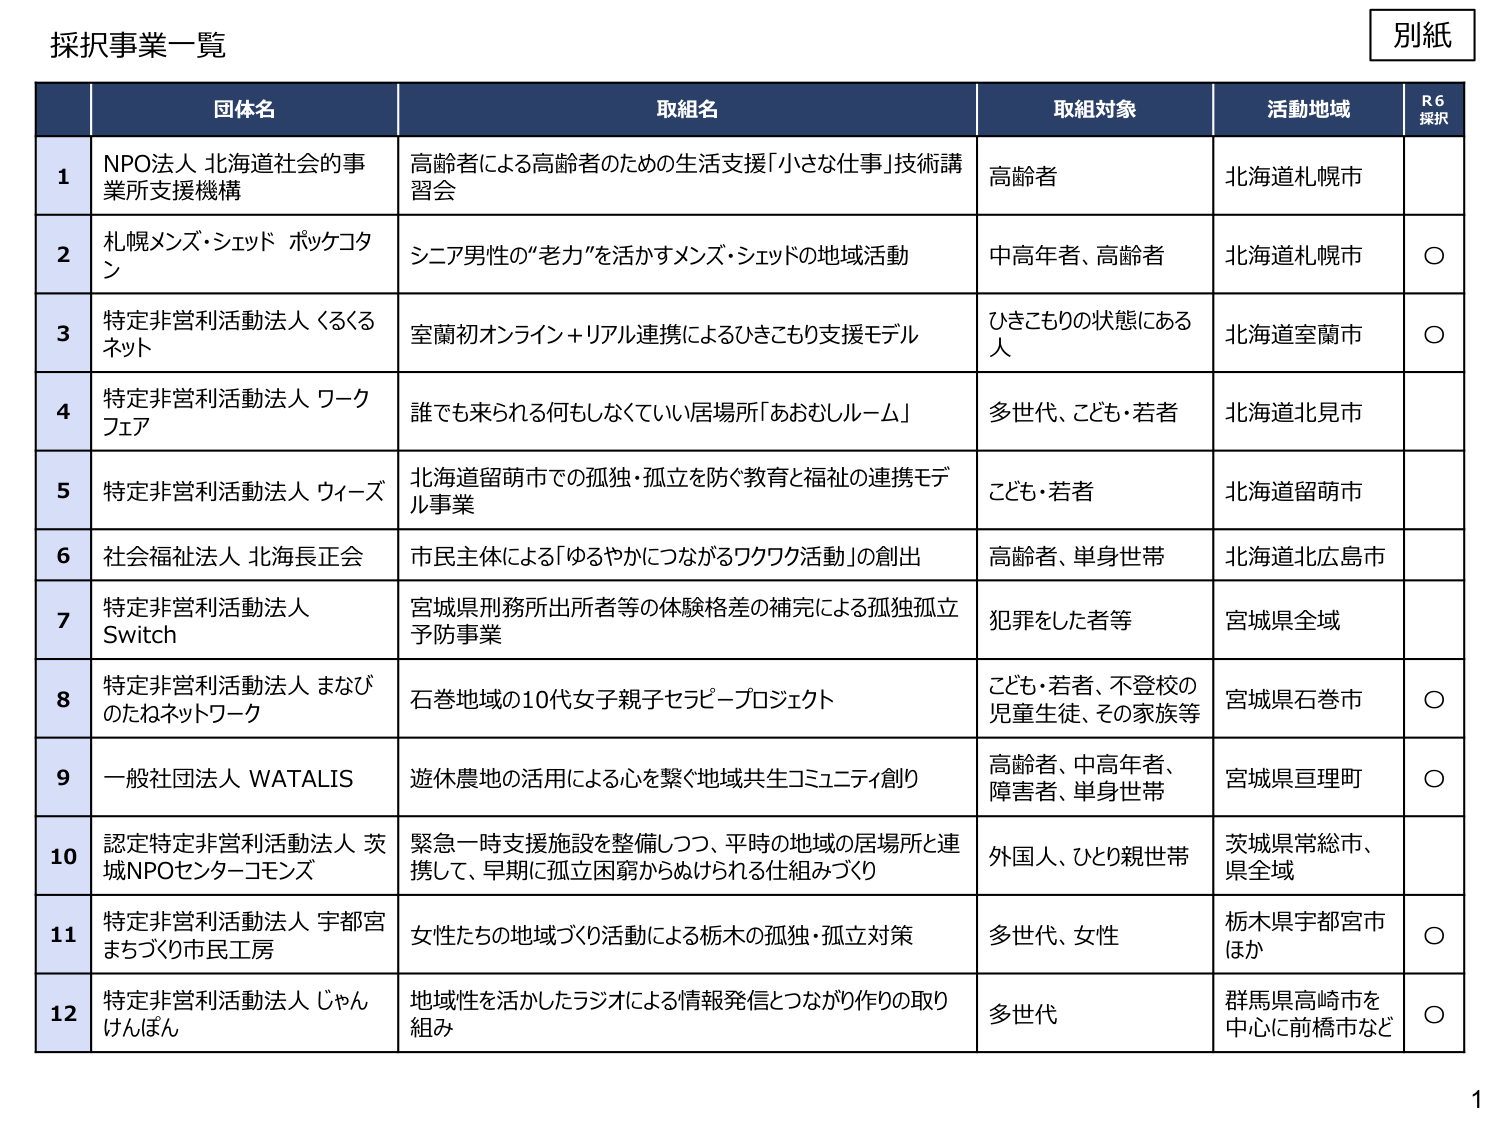
採択事業一覧

別紙

| | 団体名 | 取組名 | 取組対象 | 活動地域 | R6 採択 |
|---|---|---|---|---|---|
| 1 | NPO法人 北海道社会的事業所支援機構 | 高齢者による高齢者のための生活支援「小さな仕事」技術講習会 | 高齢者 | 北海道札幌市 | |
| 2 | 札幌メンズ・シェッド ボッケコタン | シニア男性の“老力”を活かすメンズ・シェッドの地域活動 | 中高年者、高齢者 | 北海道札幌市 | ○ |
| 3 | 特定非営利活動法人 くるくるネット | 室蘭初オンライン＋リアル連携によるひきこもり支援モデル | ひきこもりの状態にある人 | 北海道室蘭市 | ○ |
| 4 | 特定非営利活動法人 ワークフェア | 誰でも来られる何もしなくていい居場所「あおむしルーム」 | 多世代、こども・若者 | 北海道北見市 | |
| 5 | 特定非営利活動法人 ウィーズ | 北海道留萌市での孤独・孤立を防ぐ教育と福祉の連携モデル事業 | こども・若者 | 北海道留萌市 | |
| 6 | 社会福祉法人 北海長正会 | 市民主体による「ゆるやかにつながるワクワク活動」の創出 | 高齢者、単身世帯 | 北海道北広島市 | |
| 7 | 特定非営利活動法人 Switch | 宮城県刑務所出所者等の体験格差の補完による孤独孤立予防事業 | 犯罪をした者等 | 宮城県全域 | |
| 8 | 特定非営利活動法人 まなびのたねネットワーク | 石巻地域の10代女子親子セラピープロジェクト | こども・若者、不登校の児童生徒、その家族等 | 宮城県石巻市 | ○ |
| 9 | 一般社団法人 WATALIS | 遊休農地の活用による心を繋ぐ地域共生コミュニティ創り | 高齢者、中高年者、障害者、単身世帯 | 宮城県亘理町 | ○ |
| 10 | 認定特定非営利活動法人 茨城NPOセンター・コモンズ | 緊急一時支援施設を整備しつつ、平時の地域の居場所と連携して、早期に孤立困窮からぬけられる仕組みづくり | 外国人、ひとり親世帯 | 茨城県常総市、県全域 | |
| 11 | 特定非営利活動法人 宇都宮まちづくり市民工房 | 女性たちの地域づくり活動による栃木の孤独・孤立対策 | 多世代、女性 | 栃木県宇都宮市ほか | ○ |
| 12 | 特定非営利活動法人 じゃんけんぼん | 地域性を活かしたラジオによる情報発信とつながり作りの取り組み | 多世代 | 群馬県高崎市を中心に前橋市など | ○ |

1